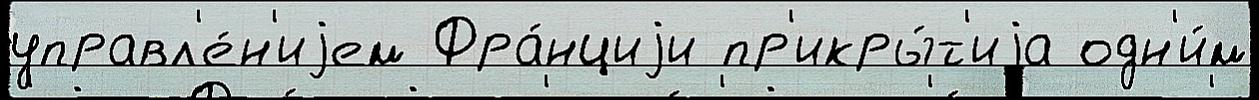
управл'е́н'иjем Фра́нциjи пр'икры́т'иjа одн'и́м